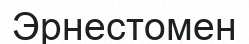
Эрнестомен